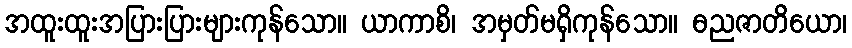
အထူးထူးအပြားပြားများကုန်သော။ ယာကာစိ၊ အမှတ်မရှိကုန်သော။ ဓညဇာတိယော၊